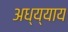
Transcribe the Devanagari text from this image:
अध्य्याय